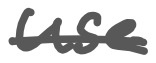
Text: use
Cross-out: single-line
Writing tool: digital_gray